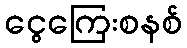
ငွေကြေးစနစ်